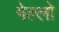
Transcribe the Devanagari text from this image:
गेल्लो